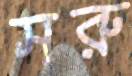
সরু